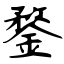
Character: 鍪